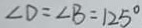
\angle D = \angle B = 1 2 5 ^ { \circ }